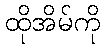
ထိုအိမ်ကို